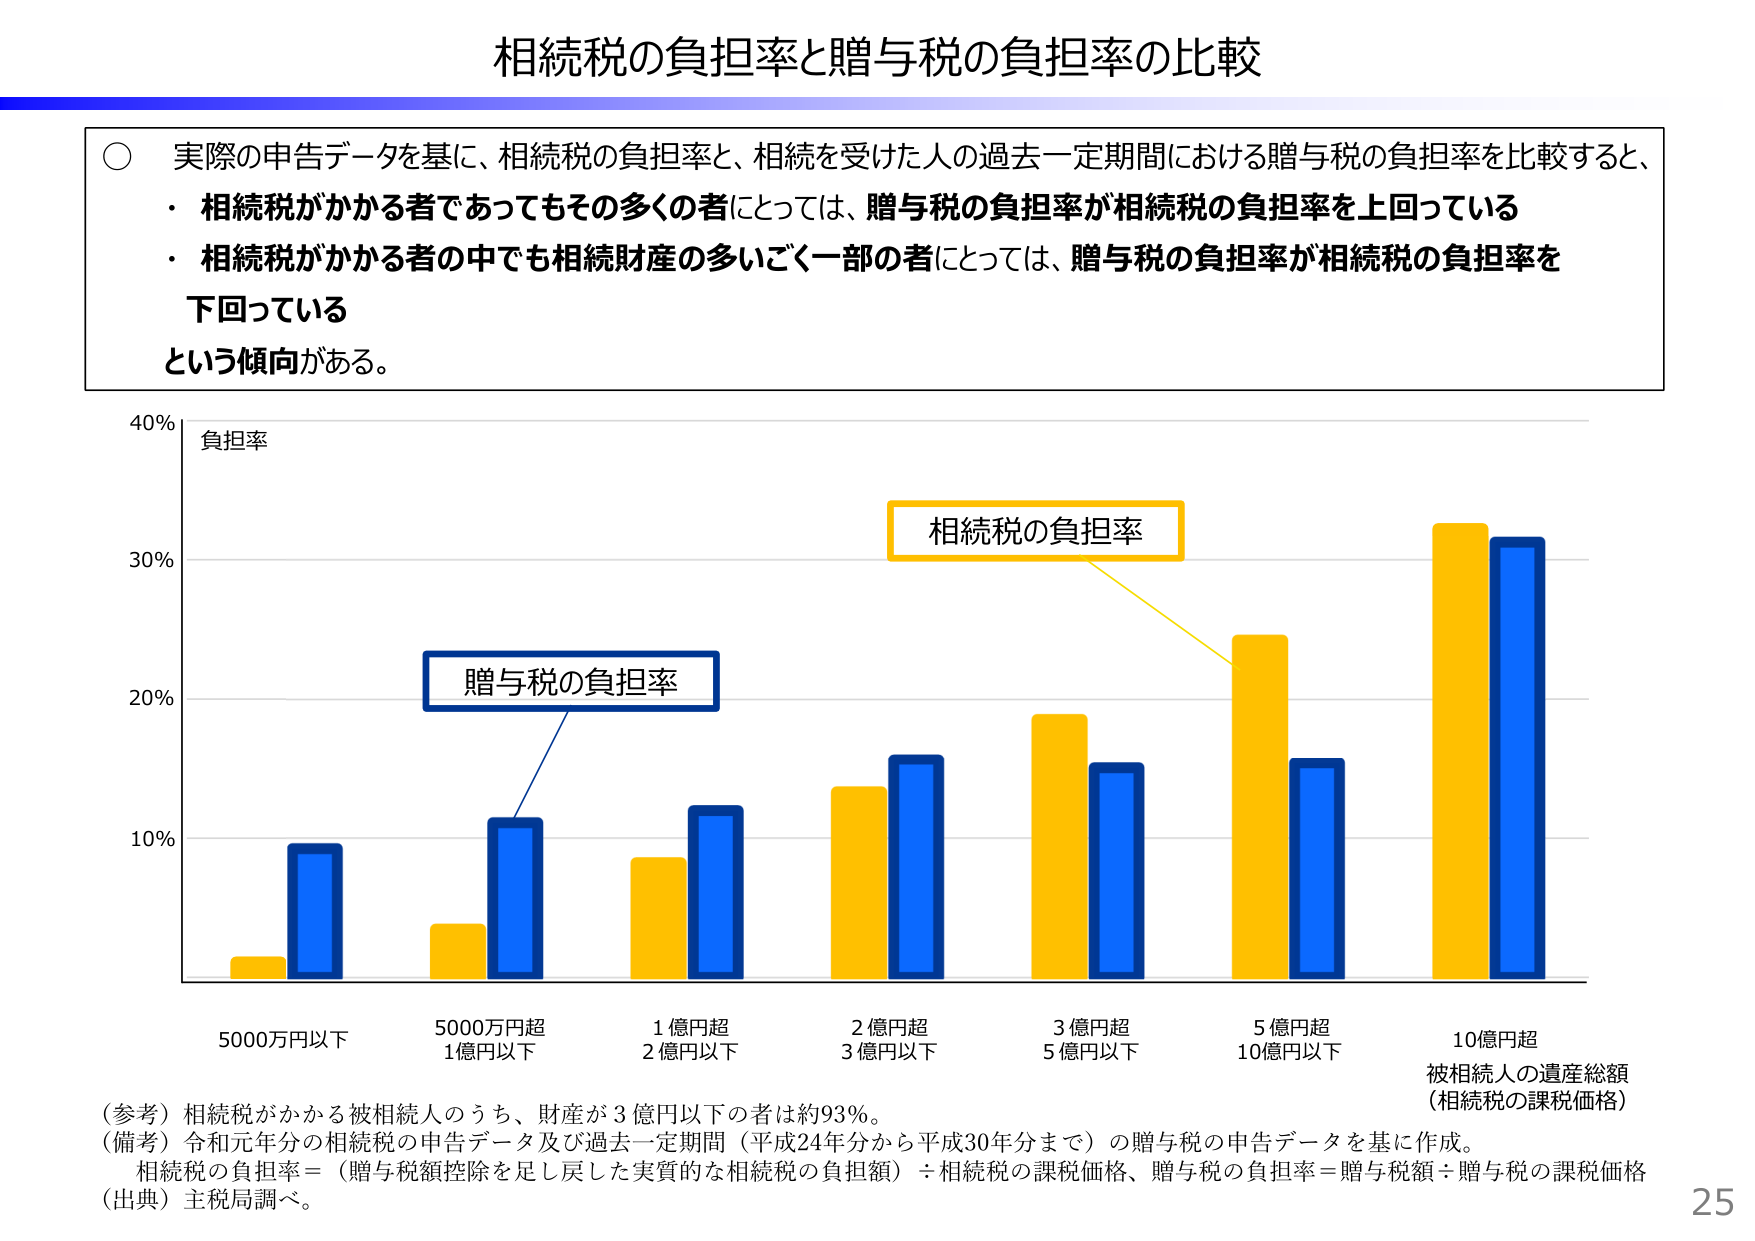
相続税の負担率と贈与税の負担率の比較

○ 実際の申告データを基に、相続税の負担率と、相続を受けた人の過去一定期間における贈与税の負担率を比較すると、
・ 相続税がかかる者であってもその多くの者にとっては、贈与税の負担率が相続税の負担率を上回っている
・ 相続税がかかる者の中でも相続財産の多いごく一部の者にとっては、贈与税の負担率が相続税の負担率を
下回っている
という傾向がある。

負担率
40%
30%
20%
10%

相続税の負担率
贈与税の負担率

5000万円以下
5000万円超
1億円以下
1億円超
2億円以下
2億円超
3億円以下
3億円超
5億円以下
5億円超
10億円以下
10億円超
被相続人の遺産総額
（相続税の課税価格）

（参考）相続税がかかる被相続人のうち、財産が3億円以下の者は約93%。
（備考）令和元年分の相続税の申告データ及び過去一定期間（平成24年分から平成30年分まで）の贈与税の申告データを基に作成。
相続税の負担率＝（贈与税額控除を足し戻した実質的な相続税の負担額）÷相続税の課税価格、贈与税の負担率＝贈与税額÷贈与税の課税価格
（出典）主税局調べ。

25